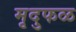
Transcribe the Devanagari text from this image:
मृदुफळ